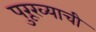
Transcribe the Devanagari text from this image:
पुरूरव्याची